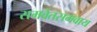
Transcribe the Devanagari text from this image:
समवेतसमवाय